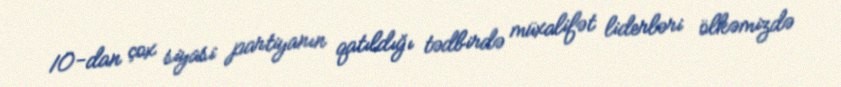
10-dan çox siyasi partiyanın qatıldığı tədbirdə müxalifət liderləri ölkəmizdə